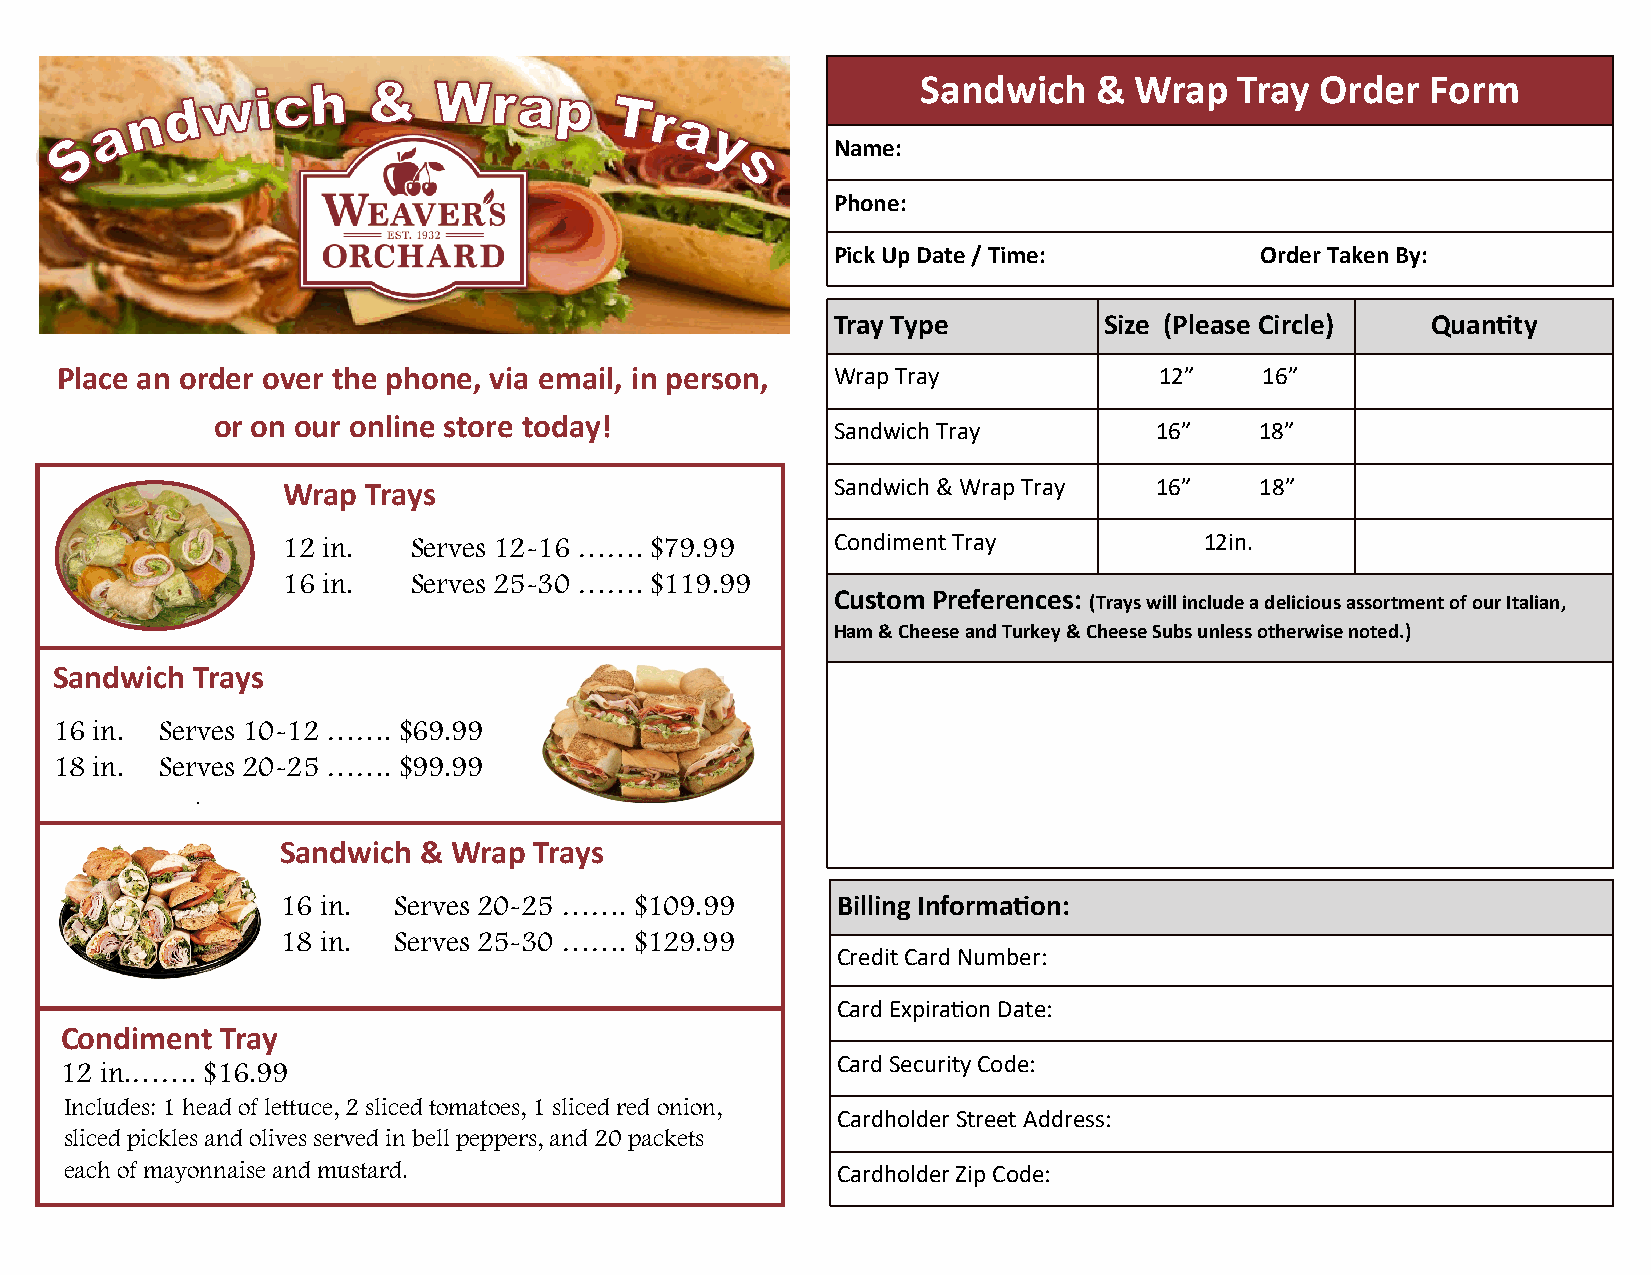
Sandwich    & Wrap   Tray Order   Form
 Name:
 Phone:
 Pick Up Date / Time:        Order Taken By:
 Tray Type         Size (Please Circle)  Quantity
 Place an order over the phone, via email, in person, Wrap Tray           12”    16”
 or on our online store today!
 Sandwich Tray        16”    18”
 Wrap Trays                          Sandwich & Wrap Tray 16”    18”
 12 in.  Serves 12-16 ……. $79.99     Condiment Tray           12in.
 16 in.  Serves 25-30 ……. $119.99
 Custom Preferences:
 (Trays will include a delicious assortment of our Italian,
 Ham & Cheese and Turkey & Cheese Subs unless otherwise noted.)
 Sandwich Trays
 16 in.  Serves 10-12 ……. $69.99
 18 in.  Serves 20-25 ……. $99.99
 .
 Sandwich & Wrap Trays
 16 in. Serves 20-25 ……. $109.99     Billing Information:
 18 in. Serves 25-30 ……. $129.99
 Credit Card Number:
 Card Expiration Date:
 Condiment  Tray
 12 in.……. $16.99                                   Card Security Code:
 Includes: 1 head of lettuce, 2 sliced tomatoes, 1 sliced red onion,
 Cardholder Street Address:
 sliced pickles and olives served in bell peppers, and 20 packets
 each of mayonnaise and mustard.                    Cardholder Zip Code: